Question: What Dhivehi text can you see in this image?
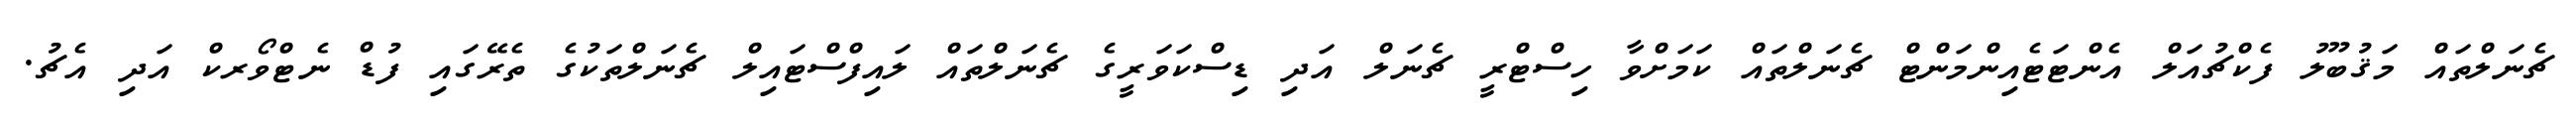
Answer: ޗެނަލްތައް މަޤުބޫލު ފެކްޗުއަލް އެންޓަޓެއިންމަންޓް ޗެނަލްތައް ކަމަށްވާ ހިސްޓްރީ ޗެނަލް އަދި ޑިސްކަވަރީގެ ޗެނަލްތައް ލައިފްސްޓައިލް ޗެނަލްތަކުގެ ތެރޭގައި ފުޑް ނެޓްވޯރކް އަދި އެޗު.